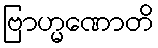
ဗြာဟ္မဏောတိ